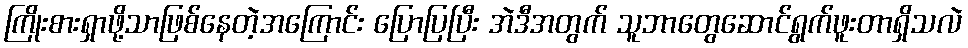
ကြိုးစားရှာဖို့သာဖြစ်နေတဲ့အကြောင်း ပြောပြပြီး အဲဒီအတွက် သူဘာတွေဆောင်ရွက်ဖူးတာရှိသလဲ